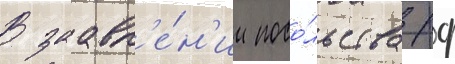
В заавл'е́н'ии посо́льства рф